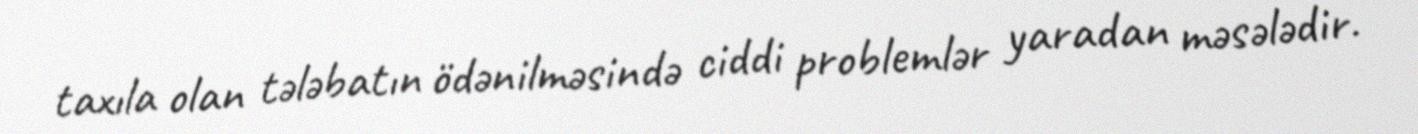
taxıla olan tələbatın ödənilməsində ciddi problemlər yaradan məsələdir.